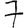
Digit: 7